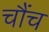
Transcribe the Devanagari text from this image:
चौंच